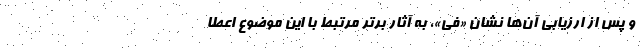
و پس از ارزیابی آن‌ها نشان «فی»، به آثار برتر مرتبط با این موضوع اعطا